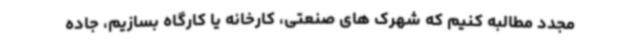
مجدد مطالبه کنیم که شهرک های صنعتی، کارخانه یا کارگاه بسازیم، جاده